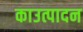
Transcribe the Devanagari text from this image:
काउत्पादन